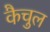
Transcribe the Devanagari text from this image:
कैचुल